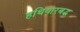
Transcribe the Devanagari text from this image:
हथियारबद्ध